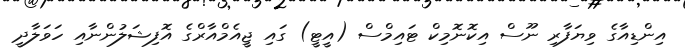
އިންޑިއާގެ ވިޔަފާރި ނޫސް އިކޮނޮމިކް ޓައިމްސް (އީޓީ) ގައި ޖީއެމްއާރްގެ އޮފިޝަލުންނާއި ހަވަލާދީ